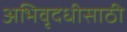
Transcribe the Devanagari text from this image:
अभिवृदधीसाठी